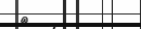
٤